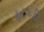
ફટકડી